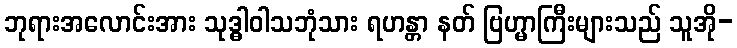
ဘုရားအလောင်းအား သုဒ္ဓါဝါသဘုံသား ရဟန္တာ နတ် ဗြဟ္မာကြီးများသည် သူအို-